Indian journal of veterinary science and animal husbandry - Volume 4,
Year: 1934
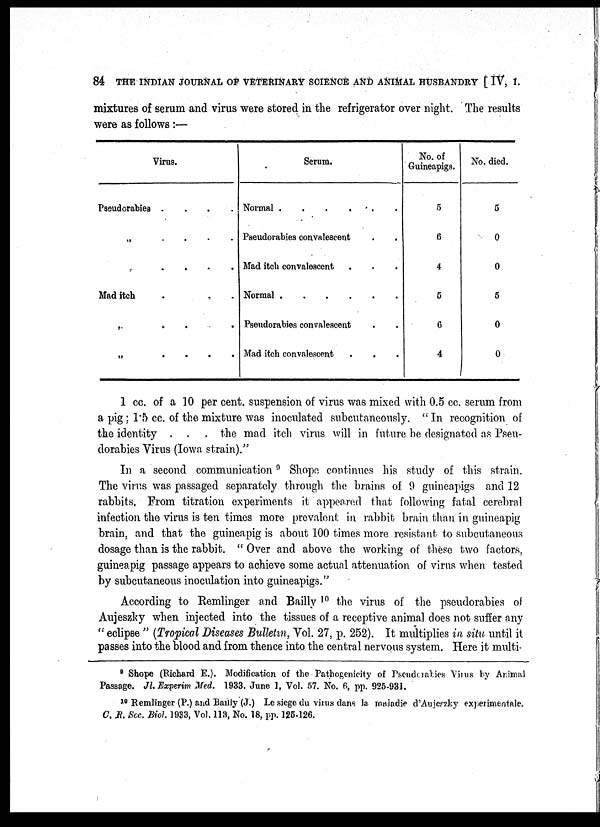
84 THE INDIAN JOURNAL OF VETERINARY SCIENCE AND ANIMAL HUSBANDRY f IV, I.
mixtures of serum and virus were stored in the refrigerator over night. The results
were as follows:—
Virus.
Pseudorabies
....
„ . . . .
„
.
.
.
.
Mad itch
.
.
„ . . . .
„ . . . .
Serum.
Normal .
.
.
.
.
.
Pseudorabies convalescent . .
Mad itch convalescent . . .
Normal
.
.
.
.
.
.
Pseudorabies convalescent . .
Mad itch convalescent . . .
No. of
Guineapigs.
5
6
4
5
6
4
No. died.
5
0
0
5
0
0
1 cc. of a 10 per cent. suspension of virus was mixed with 0.5 cc. serum from
a pig: 1.5 cc. of the mixture was inoculated subcutaneously. " In recognition of
the identity . . . the mad itch virus will in future be designated as Pseu-
dorabies Virus (Iowa strain)."
In a second communication 9 Shope continues his study of this strain.
The virus was passaged separately through the brains of 9 guineapigs and 12
rabbits. From titration experiments it appeared that following fatal cerebral
infection the virus is ten times more prevalent in rabbit brain than in guineapig
brain, and that the guineapig is about 100 times more resistant to subcutaneous
dosage than is the rabbit. " Over and above the working of these two factors,
guineapig passage appears to achieve some actual attenuation of virus when tested
by subcutaneous inoculation into guineapigs."
According to Remlinger and Bailly 10 the virus of the pseudorabies of
Aujeszky when injected into the tissues of a receptive animal does not suffer any
" eclipse " (Tropical Diseases Bulletin, Vol. 27, p. 252). It multiplies in situ until it
passes into the blood and from thence into the central nervous system. Here it multi¬
9 Shope (Richard E.). Modification of the Pathogenicity of Pseudeabies Vims by Animal
Passage. Jl. Experim Med. 1933. June 1, Vol. 57. No. 6, pp. 925-931.
10 Remlinger (P.) and Bailly (J.) Le siege du virus dans la maladie d'Aujeszky experimentale.
C. R. Sec. Biol. 1933, Vol. 113, No. 18, pp. 125-126.